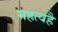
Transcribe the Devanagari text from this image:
महत्वहै